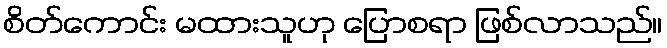
စိတ်ကောင်း မထားသူဟု ပြောစရာ ဖြစ်လာသည်။